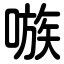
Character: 嗾